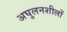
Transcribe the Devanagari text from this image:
अघुलनशीलों